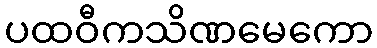
ပထဝီကသိဏမေကော